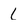
Character: l